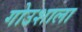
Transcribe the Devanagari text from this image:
गोउशाला